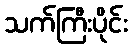
သက်ကြီးပိုင်း